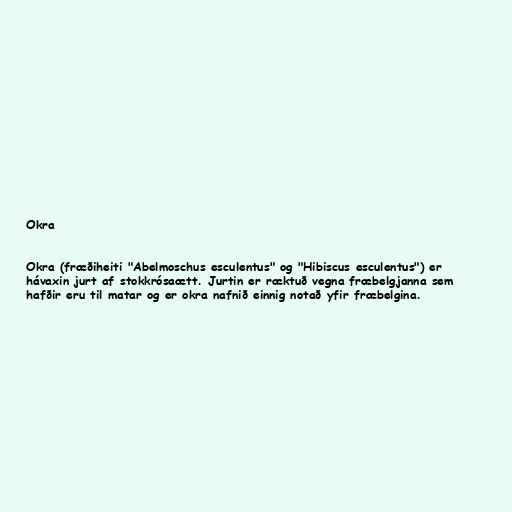
Okra

Okra (fræðiheiti "Abelmoschus esculentus" og "Hibiscus esculentus") er
hávaxin jurt af stokkrósaætt. Jurtin er ræktuð vegna fræbelgjanna sem
hafðir eru til matar og er okra nafnið einnig notað yfir fræbelgina.